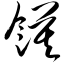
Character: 馍